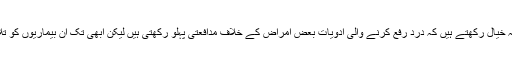
طبی ماہرین پہلے سے یہ خیال رکھتے ہیں کہ درد رفع کرنے والی ادویات بعض امراض کے خلاف مدافعتی پہلو رکھتی ہیں لیکن ابھی تک ان بیماریوں کو تلاش نہیں کیا جا سکا ہے۔